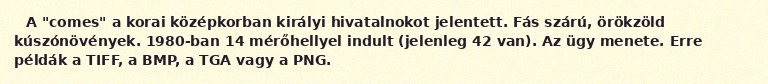
A "comes" a korai középkorban királyi hivatalnokot jelentett. Fás szárú, örökzöld kúszónövények. 1980-ban 14 mérőhellyel indult (jelenleg 42 van). Az ügy menete. Erre példák a TIFF, a BMP, a TGA vagy a PNG.